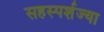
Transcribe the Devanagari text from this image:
सहस्पर्शज्या